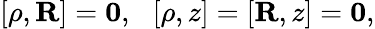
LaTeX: \left[{\mathbf\rho},{\mathbf R}\right]={\mathbf 0},\ \ \left[{\mathbf\rho},z\right]=\left[{\mathbf R},z\right]={\mathbf 0},